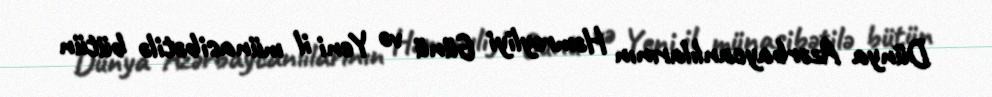
Dünya Azərbaycanlılarının Həmrəyliyi Günü və Yeni il münasibətilə bütün